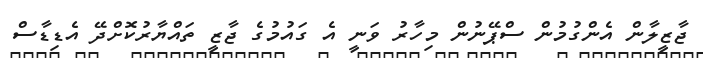
ޖާޒީލާން އެންގުމުން ސްޕޭނުން މިހާރު ވަނީ އެ ގައުމުގެ ޖާޒީ ތައްޔާރުކޮށްދޭ އެޑިޑާސް